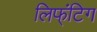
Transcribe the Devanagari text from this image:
लिफ्ंिटग